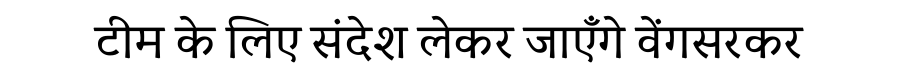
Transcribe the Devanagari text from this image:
टीम के लिए संदेश लेकर जाएँगे वेंगसरकर